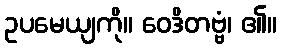
ဥပမေယျကို။ ဝေဒိတဗ္ဗံ၊ ၏။